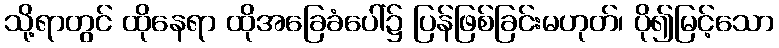
သို့ရာတွင် ထိုနေရာ ထိုအခြေခံပေါ်၌ ပြန်ဖြစ်ခြင်းမဟုတ်၊ ပို၍မြင့်သော